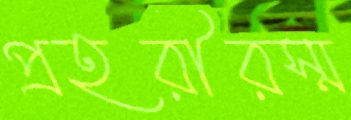
প্রহরীরস্ম